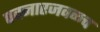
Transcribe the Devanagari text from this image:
पवनारजवळच